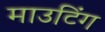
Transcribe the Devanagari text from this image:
माउटिंग